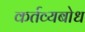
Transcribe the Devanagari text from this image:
कर्तव्यबोध